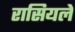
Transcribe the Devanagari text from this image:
रासियले